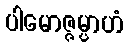
ပါမောဇ္ဇမ္ပာဟံ